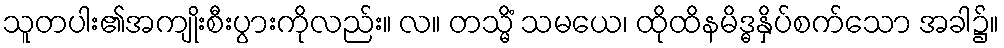
သူတပါး၏အကျိုးစီးပွားကိုလည်း။ လ။ တသ္မိံ သမယေ၊ ထိုထိနမိဒ္ဓနှိပ်စက်သော အခါ၌။